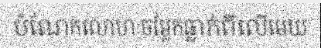
បំណែកលោហៈចម្លែកធ្លាក់ពីលើមេឃ